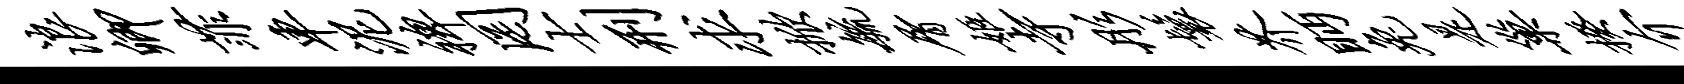
浪卿菲车泥裨罔士刑求掀毓屑姬寺彤鬟芥眄兔是巢揆介异